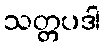
သတ္တပဒါ